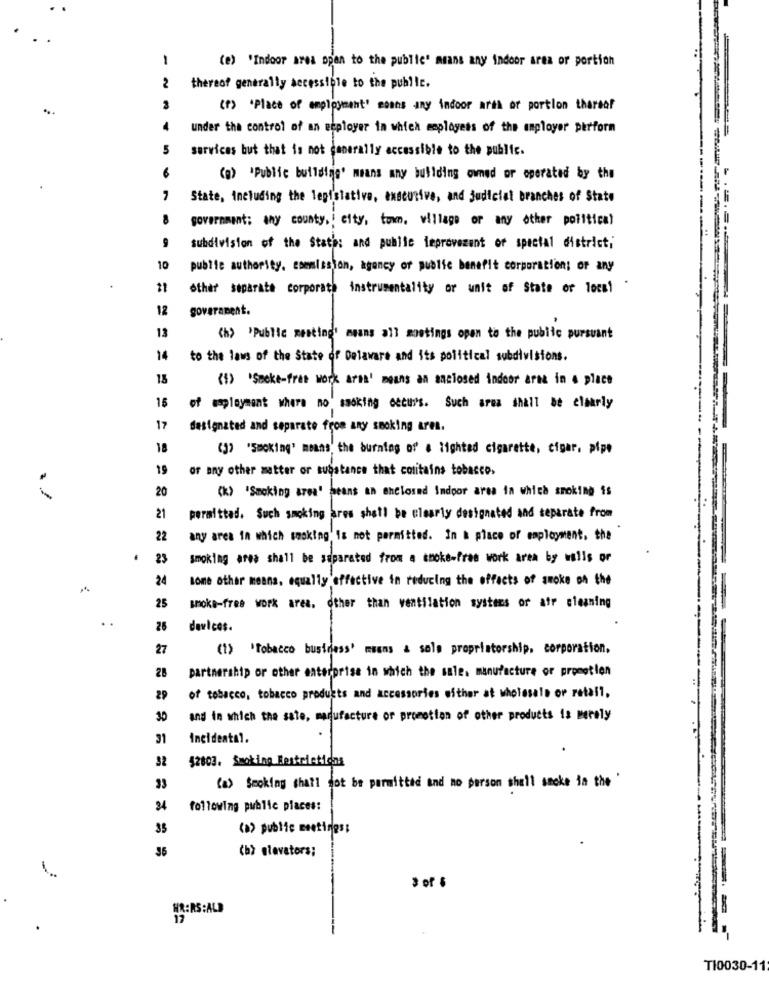
1
(e) 'Indoor area open to the public' means any indoor area or portich
2
thereof generally accessible to the public.
3
(f) 'Place of employment' means any indoor arak or portion thereof
4
under the control of an euployer in which meployess of the employer perform
5
services but that is not canerally accessible to the public.
6
(g) 'Public buildiaje' means any building owned or operated by the
State, including the legislative, executive, and judicial branches of State
8
government; any county ,; city, town, village or any other political
subdivision of the Stath: and public improvement of special district;
10
publie authority. esemission, agency or public benefit corporation; or any
21
other separate corporate instrumentality or unit of State or local
12
goverament.
13
(h) 'Public mesting' msans all mootings open to the public pursuant
14
to the laws of the State of Delaware and its political subdivisions.
13
(1) 'Smoke-free work area' means an aaclosed indoor area in a place
15
of mployment where no smoking occurs. Such area shall be clearly
17
designated and separate from any smoking area.
18
(3) "Smoking' means" the burning of' # lighted cigarette, cigar, pipe
19
of any other matter or substance that contains tobacco.
20
(k) "Smoking area' means an enclosed Indoor area in which smoking is
21
peralttad. Such smoking ares shall be clearly designated and separate from
22
any area in which smoking is not permitted. In a place of employment, the
.
23
smoking area shall be separated from a cooke-fram work area by wells or
24
some other means, equally effective in reducing the effects of smoke on the
25
smoke-free work area, other than ventilation systems or atr cleaning
26
devices.
27
(1) 'Tobacco business' mans & sole proprietorship. corporation.
28
partnership or other enterprise in which the sale, manufacture of promotion
29
of tobacco, tobacco products and accessories either at wholesale or retail,
30
and in which the sale, manufacture or promotion of other products is merely
31
Incidental.
42803. Smoking Restrictions
33
(a) Smoking shall not be permitted and no person shall sacke in the
24
following public places:
35
(a) public meetings;
36
(b> elevators;
-
3 of $
HR:RS:ALD
12
TI0030-11